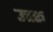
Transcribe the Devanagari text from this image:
उत्तरू